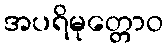
အပရိမုတ္တောဝ